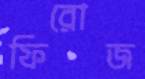
ফিরোজ